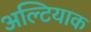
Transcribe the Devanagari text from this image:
अल्टियाक